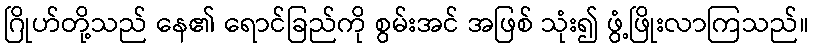
ဂြိုဟ်တို့သည် နေ၏ ရောင်ခြည်ကို စွမ်းအင် အဖြစ် သုံး၍ ဖွံ့ဖြိုးလာကြသည်။